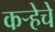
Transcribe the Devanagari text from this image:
कर्‍हेचे